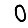
Digit: 0